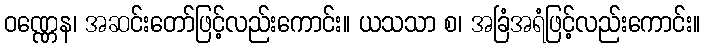
ဝဏ္ဏေန၊ အဆင်းတော်ဖြင့်လည်းကောင်း။ ယသသာ စ၊ အခြံအရံဖြင့်လည်းကောင်း။